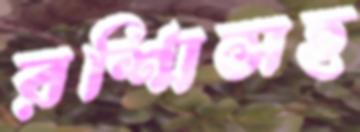
রশ্মিসহ